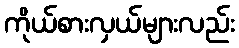
ကိုယ်စားလှယ်များလည်း